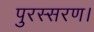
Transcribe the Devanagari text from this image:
पुरस्सरण।